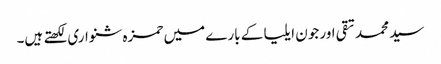
سید محمد تقی اور جون ایلیا کے بارے میں حمزہ شنواری لکھتے ہیں۔